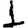
Digit: 1